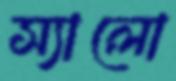
স্যালো